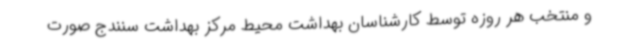
و منتخب هر روزه توسط کارشناسان بهداشت محیط مرکز بهداشت سنندج صورت